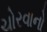
ચોરવાનો